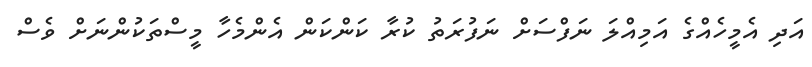
އަދި އެމީހެއްގެ އަމިއްލަ ނަފްސަށް ނަފުރަތު ކުރާ ކަންކަން އެންމެހާ މީސްތަކުންނަށް ވެސް